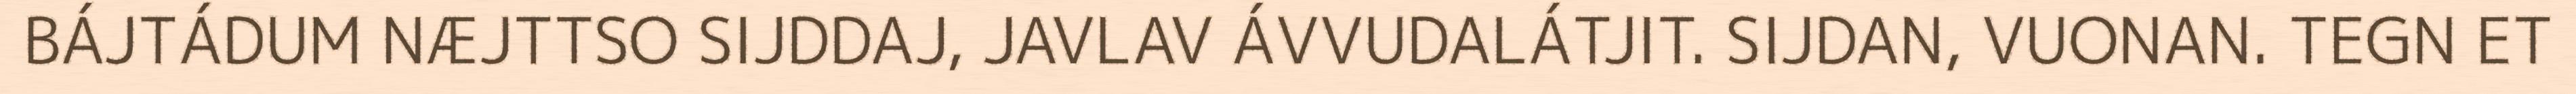
BÁJTÁDUM NÆJTTSO SIJDDAJ, JAVLAV ÁVVUDALÁTJIT. SIJDAN, VUONAN. TEGN ET